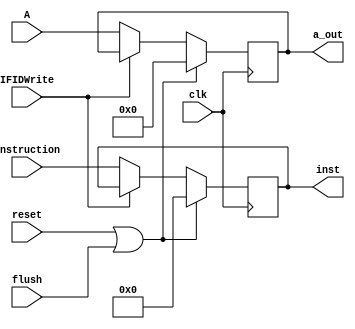
module IFID
  (
    input clk,
    input reset,
    input [31:0] instruction,
    input [63:0] A, //a
    input flush, 
    input IFIDWrite, 
    output reg [31:0] inst,//instruction out,
    output reg [63:0] a_out
  );
  always @(posedge clk)
    begin
      if (reset == 1'b1 || flush == 1'b1)
        begin
          inst = 32'b0;
          a_out = 64'b0;
        end
      else if (IFIDWrite == 1'b0)
        begin
          inst = instruction;
          a_out = A;
        end
    end
endmodule